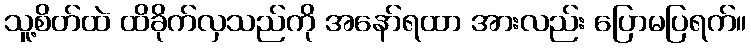
သူ့စိတ်ထဲ ထိခိုက်လှသည်ကို အနော်ရထာ အားလည်း ပြောမပြရက်။